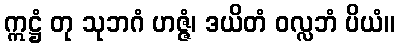
ဣဋ္ဌံ တု သုဘဂံ ဟဇ္ဇံ၊ ဒယိတံ ဝလ္လဘံ ပိယံ။